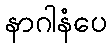
နာဂါနံပေ